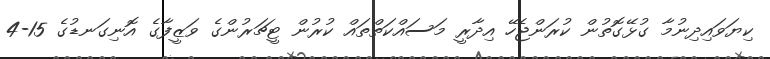
ކިޔަވައިދިނުމާ ގުޅޭގޮތުން ކުރަންޖެހޭ އިދާރީ މަސައްކަތްތައް ކުރުން ޓީޗަރުންގެ ވަޒީފާގެ އޮނިގަނޑުގެ 15-4